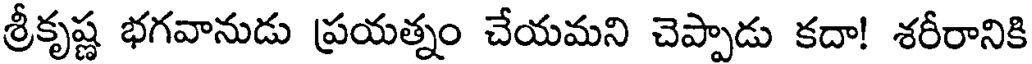
శ్రీకృష్ణ భగవానుడు ప్రయత్నం చేయమని చెప్పాడు కదా! శరీరానికి